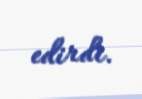
edirdi.